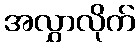
အလွှာလိုက်